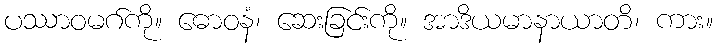
ပဿာဝမဂ်ကို။ ဓောဝနံ၊ ဆေးခြင်းကို။ အာဒိယမာနာယာတိ၊ ကား။